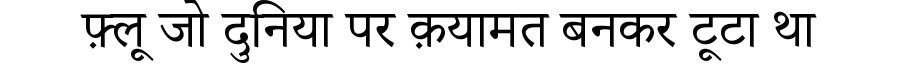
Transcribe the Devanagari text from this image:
फ़्लू जो दुनिया पर क़यामत बनकर टूटा था